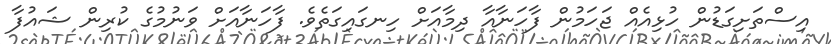
އިސްތަށިގަޑުން ހުޅިއެއް ޖަހަމުން ފާހަނާއާ ދިމާއަށް ހިނގައިގަތެވެ. ފާހަނާއަށް ވަނުމުގެ ކުރިން ޝައުފާ